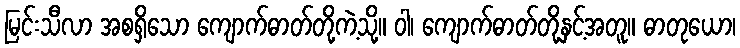
မြင်းသီလာ အစရှိသော ကျောက်ဓာတ်တို့ကဲ့သို့။ ဝါ၊ ကျောက်ဓာတ်တို့နှင့်အတူ။ ဓာတုယော၊